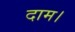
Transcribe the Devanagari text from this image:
दाम।